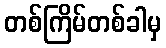
တစ်ကြိမ်တစ်ခါမှ